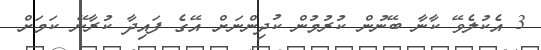
3 އެކުލެވޭ ކާނާ ބޭނުން ކުރުމުން ކުދިންނަށް އޭގެ ފައިދާ ކުރާނޭ ކަމަށް